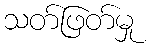
သတ်ဖြတ်မှု